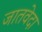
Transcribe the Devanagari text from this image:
जातवेदा